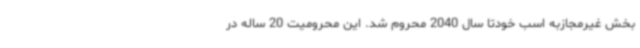
بخش غیرمجازبه اسب خودتا سال 2040 محروم شد. این محرومیت 20 ساله در